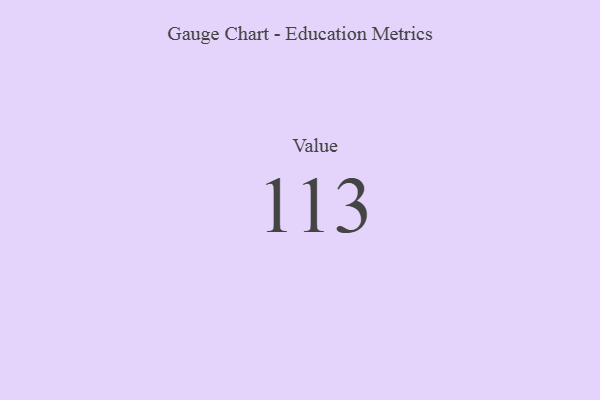
{"axis": {"x": "Metric", "y": "Value"}, "legend": [""], "data": [{"x": "Value", "y": 113, "type": ""}]}